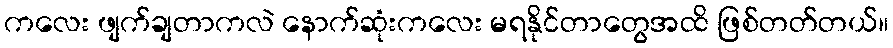
ကလေး ဖျက်ချတာကလဲ နောက်ဆုံးကလေး မရနိုင်တာတွေအထိ ဖြစ်တတ်တယ်။